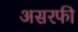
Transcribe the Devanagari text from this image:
असरफी